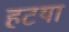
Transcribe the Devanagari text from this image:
हटया